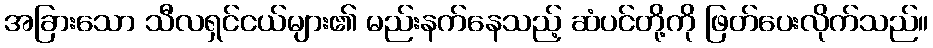
အခြားသော သီလရှင်ငယ်များ၏ မည်းနက်နေသည့် ဆံပင်တို့ကို ဖြတ်ပေးလိုက်သည်။